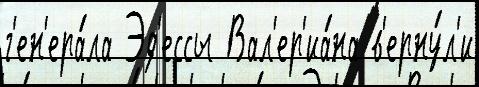
г'ен'ера́ла Эд'ессы Вал'ер'иа́на в'ерну́л'и